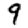
Digit: 9